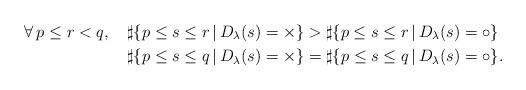
LaTeX: \begin{align*} \forall \, p\leq r < q, \;\;\;\; &\sharp\{ p\leq s \leq r\,|\, D_{\lambda}(s) = \times \}> \sharp\{ p\leq s \leq r\,|\, D_{\lambda}(s) = \circ \} \\ &\sharp\{ p\leq s \leq q\,|\, D_{\lambda}(s) = \times \}= \sharp\{ p\leq s \leq q\,|\, D_{\lambda}(s) = \circ \}. \\ \end{align*}